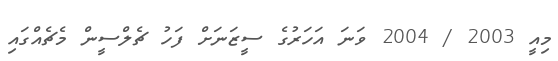
މިއީ 2003 / 2004 ވަނަ އަހަރުގެ ސީޒަނަށް ފަހު ޗެލްސީން މެޗެއްގައި